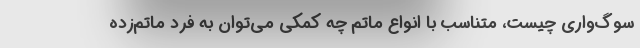
سوگ‌واری چیست، متناسب با انواع ماتم چه کمکی می‌توان به فرد ماتم‌زده